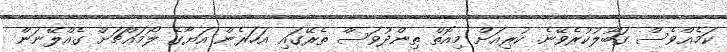
ކަމެއްވެސް ގަބޫލުކުރެވޭނެ. ކުރިއަށް މިއޮތް ތިންދުވަސް ތެރޭގައި އަހަރެން އަޔާގެ ލޯމައްޗަށް ގެއްލޭނަން